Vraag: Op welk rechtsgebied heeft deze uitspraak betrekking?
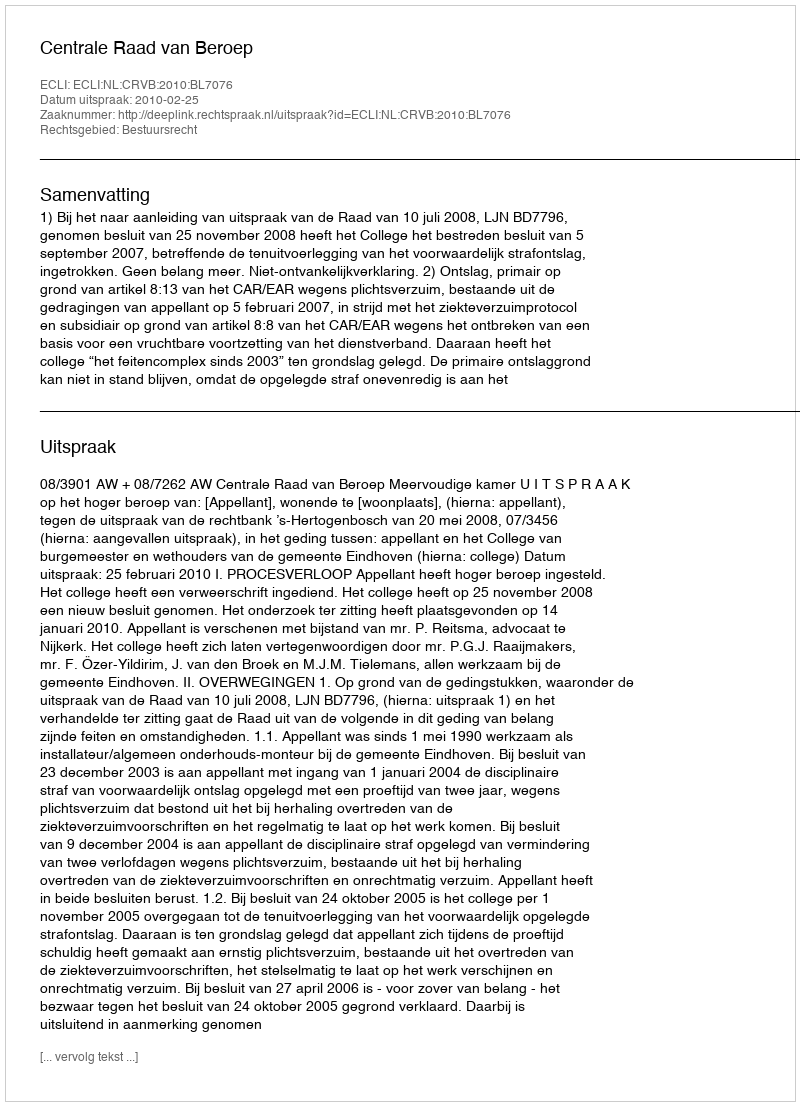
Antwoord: Bestuursrecht